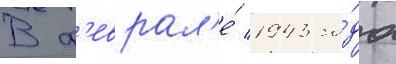
В ф'еврал'е́ 1943 го́да